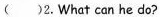
( )2.What can he do?